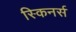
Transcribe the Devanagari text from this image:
स्किनर्स